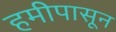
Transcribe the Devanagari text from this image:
हमीपासून